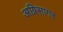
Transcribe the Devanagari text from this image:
अग्निसागर